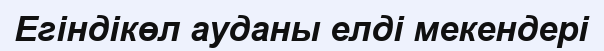
Егіндікөл ауданы елді мекендері